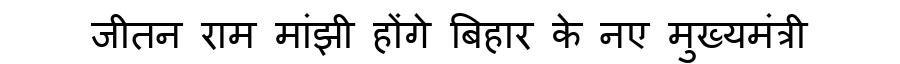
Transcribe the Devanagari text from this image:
जीतन राम मांझी होंगे बिहार के नए मुख्यमंत्री